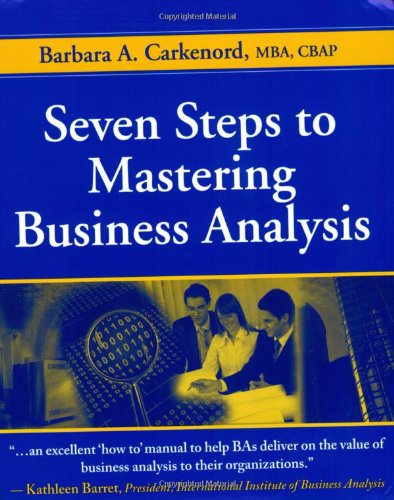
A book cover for Seven Steps to Mastering Business Analysis; Barbara A. Carkenord; Business & Money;